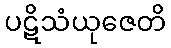
ပဋိသံယုဇေတိ